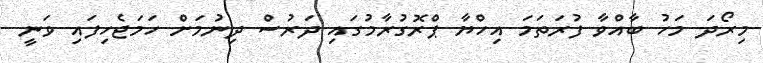
މިރޯދަ މަހު ބާއްވާ ފުރަތަމަ އިހްޔާ ޕްރޮގުރާމުގައި ދަރުސް ދިނުމަށް ހަމަޖެހިފައި ވަނީ